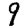
Digit: 9